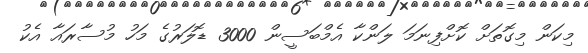
މިކަން މިގޮތަށް ކޮށްފިނަމަ ލަންކާ އެމްބަސީން 3000 ޑޮލަރުގެ މަހު މުސާރައާ އެކު